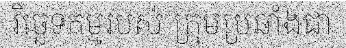
វិច្ឆេទកម្មរបស់ ក្រុមប្រឆាំងជា